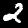
Digit: 2